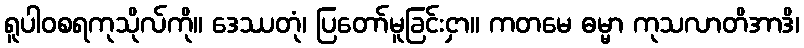
ရူပါဝစရကုသိုလ်ကို။ ဒေဿတုံ၊ ပြတော်မူခြင်းငှာ။ ကတမေ ဓမ္မာ ကုသလာတိအာဒိ၊